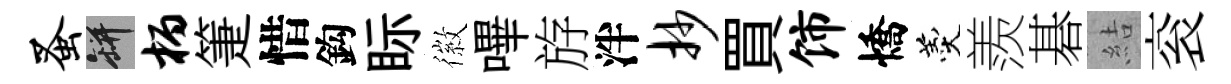
蚤瓶柄箑惜鈎眎徽嗶斿泮抄買饰憍羹羨碁結衮